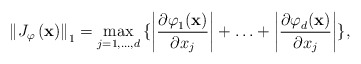
\begin{align*}\left\| J_{\varphi }\left( \mathbf{x} \right) \right\|_{1}=\max_{j=1,...,d}{\{\left| \frac{{\partial \varphi }_{1}(\mathbf{x})}{{\partial x}_{j}} \right|+\mathellipsis +\left| \frac{{\partial \varphi}_{d}(\mathbf{x})}{{\partial x}_{j}} \right|\}},\end{align*}